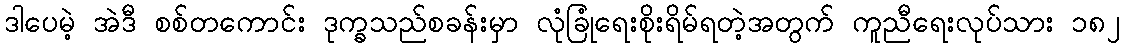
ဒါပေမဲ့ အဲဒီ စစ်တကောင်း ဒုက္ခသည်စခန်းမှာ လုံခြုံရေးစိုးရိမ်ရတဲ့အတွက် ကူညီရေးလုပ်သား ၁၈၂